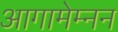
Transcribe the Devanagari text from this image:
आगामेम्नन